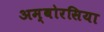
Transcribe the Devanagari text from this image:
अम्बोरसिया